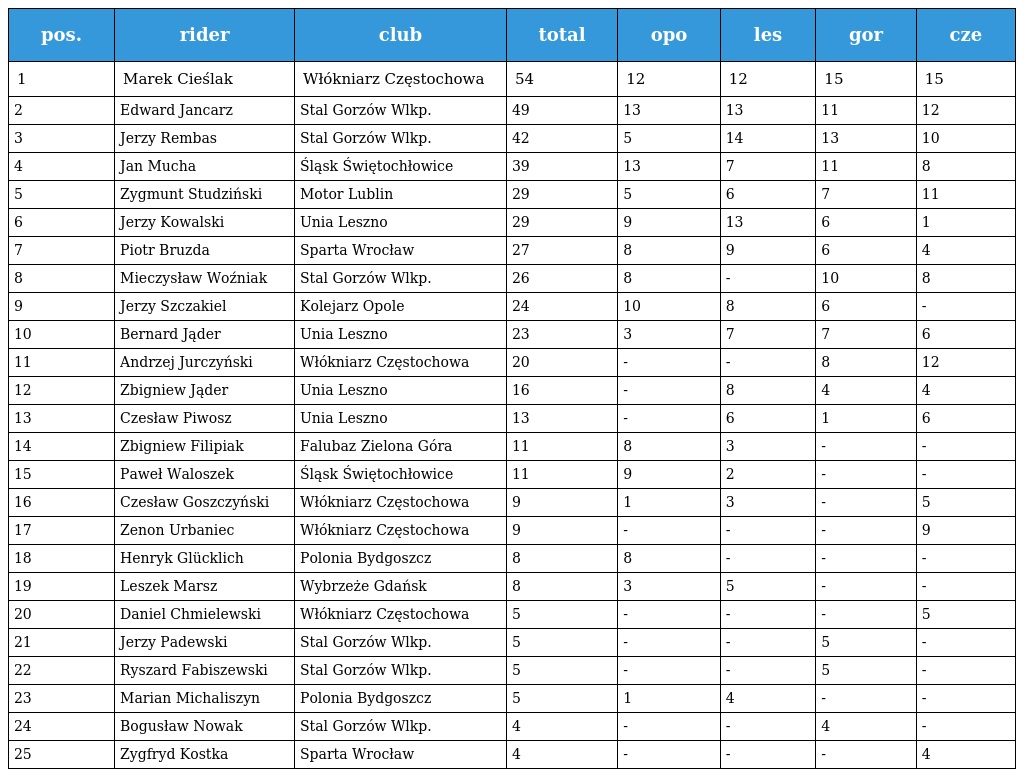
| pos. | rider | club | total | opo | les | gor | cze |
 | --- | --- | --- | --- | --- | --- | --- | --- |
 | 1 | Marek Cieślak | Włókniarz Częstochowa | 54 | 12 | 12 | 15 | 15 |
 | 2 | Edward Jancarz | Stal Gorzów Wlkp. | 49 | 13 | 13 | 11 | 12 |
 | 3 | Jerzy Rembas | Stal Gorzów Wlkp. | 42 | 5 | 14 | 13 | 10 |
 | 4 | Jan Mucha | Śląsk Świętochłowice | 39 | 13 | 7 | 11 | 8 |
 | 5 | Zygmunt Studziński | Motor Lublin | 29 | 5 | 6 | 7 | 11 |
 | 6 | Jerzy Kowalski | Unia Leszno | 29 | 9 | 13 | 6 | 1 |
 | 7 | Piotr Bruzda | Sparta Wrocław | 27 | 8 | 9 | 6 | 4 |
 | 8 | Mieczysław Woźniak | Stal Gorzów Wlkp. | 26 | 8 | - | 10 | 8 |
 | 9 | Jerzy Szczakiel | Kolejarz Opole | 24 | 10 | 8 | 6 | - |
 | 10 | Bernard Jąder | Unia Leszno | 23 | 3 | 7 | 7 | 6 |
 | 11 | Andrzej Jurczyński | Włókniarz Częstochowa | 20 | - | - | 8 | 12 |
 | 12 | Zbigniew Jąder | Unia Leszno | 16 | - | 8 | 4 | 4 |
 | 13 | Czesław Piwosz | Unia Leszno | 13 | - | 6 | 1 | 6 |
 | 14 | Zbigniew Filipiak | Falubaz Zielona Góra | 11 | 8 | 3 | - | - |
 | 15 | Paweł Waloszek | Śląsk Świętochłowice | 11 | 9 | 2 | - | - |
 | 16 | Czesław Goszczyński | Włókniarz Częstochowa | 9 | 1 | 3 | - | 5 |
 | 17 | Zenon Urbaniec | Włókniarz Częstochowa | 9 | - | - | - | 9 |
 | 18 | Henryk Glücklich | Polonia Bydgoszcz | 8 | 8 | - | - | - |
 | 19 | Leszek Marsz | Wybrzeże Gdańsk | 8 | 3 | 5 | - | - |
 | 20 | Daniel Chmielewski | Włókniarz Częstochowa | 5 | - | - | - | 5 |
 | 21 | Jerzy Padewski | Stal Gorzów Wlkp. | 5 | - | - | 5 | - |
 | 22 | Ryszard Fabiszewski | Stal Gorzów Wlkp. | 5 | - | - | 5 | - |
 | 23 | Marian Michaliszyn | Polonia Bydgoszcz | 5 | 1 | 4 | - | - |
 | 24 | Bogusław Nowak | Stal Gorzów Wlkp. | 4 | - | - | 4 | - |
 | 25 | Zygfryd Kostka | Sparta Wrocław | 4 | - | - | - | 4 |